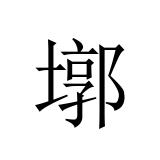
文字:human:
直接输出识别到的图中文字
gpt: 墎